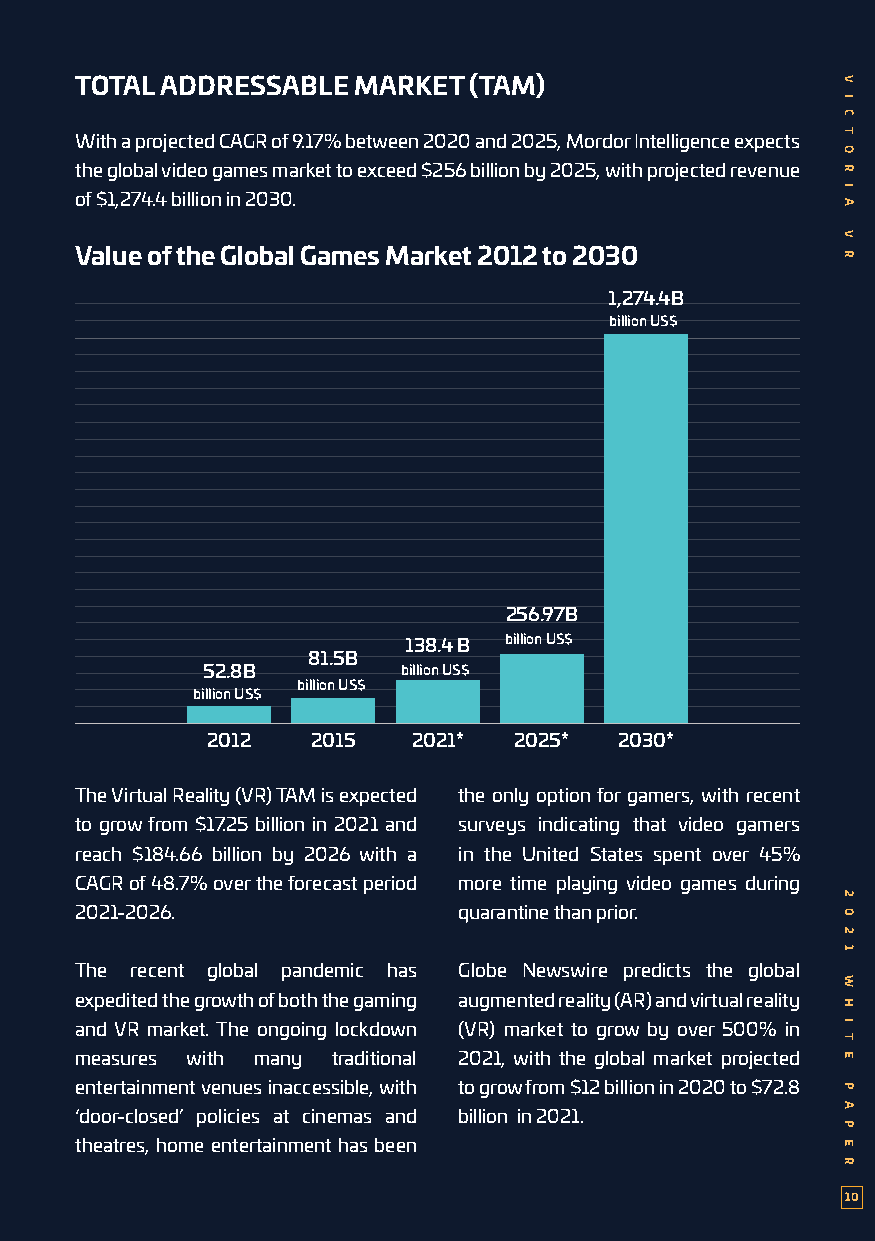
TOTAL ADDRESSABLE MARKET  (TAM)
 With a projected CAGR of 9.17% between 2020 and 2025, Mordor Intelligence expects
 the global video games market to exceed $256 billion by 2025, with projected revenue
 of $1,274.4 billion in 2030.
 Value of the Global Games Market 2012 to 2030
 1,274.4B
 billion US$
 256.97B
 138.4 B billion US$
 81.5B
 52.8B         billion US$
 billion US$
 billion US$
 2012   2015  2021*  2025*  2030*
 The Virtual Reality (VR) TAM is expected the only option for gamers, with recent
 to grow from $17.25 billion in 2021 and surveys indicating that video gamers
 reach $184.66 billion by 2026 with a in the United States spent over 45%
 CAGR of 48.7% over the forecast period more time playing video games during
 2021-2026.               quarantine than prior.
 The recent global pandemic has Globe Newswire predicts the global
 expedited the growth of both the gaming augmented reality (AR) and virtual reality
 and VR market. The ongoing lockdown (VR) market to grow by over 500% in
 measures with many traditional 2021, with the global market projected
 entertainment venues inaccessible, with to grow from $12 billion in 2020 to $72.8
 ‘door-closed’ policies at cinemas and billion in 2021.
 theatres, home entertainment has been
 10
 V
 I
 C
 T
 O
 R
 I
 A
 V
 R
 2
 0
 2
 1
 W
 H
 I
 T
 E
 P
 A
 P
 E
 R